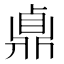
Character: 鼑